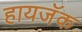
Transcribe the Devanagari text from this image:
हायजॅक